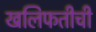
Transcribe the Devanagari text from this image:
खलिफतीची